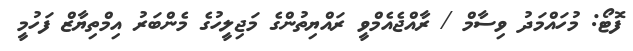
ފޮޓޯ: މުހައްމަދު ވިސާމް / ރާއްޖެއެމްވީ ރައްޔިތުންގެ މަޖިލީހުގެ މެންބަރު އިމްތިޔާޒް ފަހުމީ